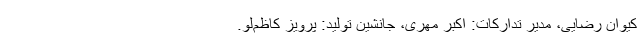
کیوان رضایی، مدیر تدارکات: اکبر مهری، جانشین تولید: پرویز کاظم‌لو.